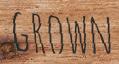
GROWN